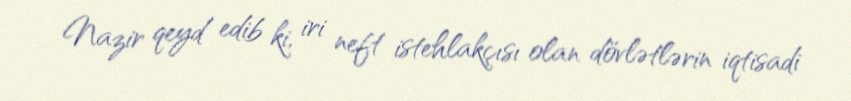
Nazir qeyd edib ki, iri neft istehlakçısı olan dövlətlərin iqtisadi